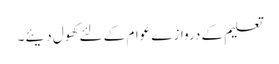
تعلیم کے دروازے عوام کے لئے کھول دیئے۔